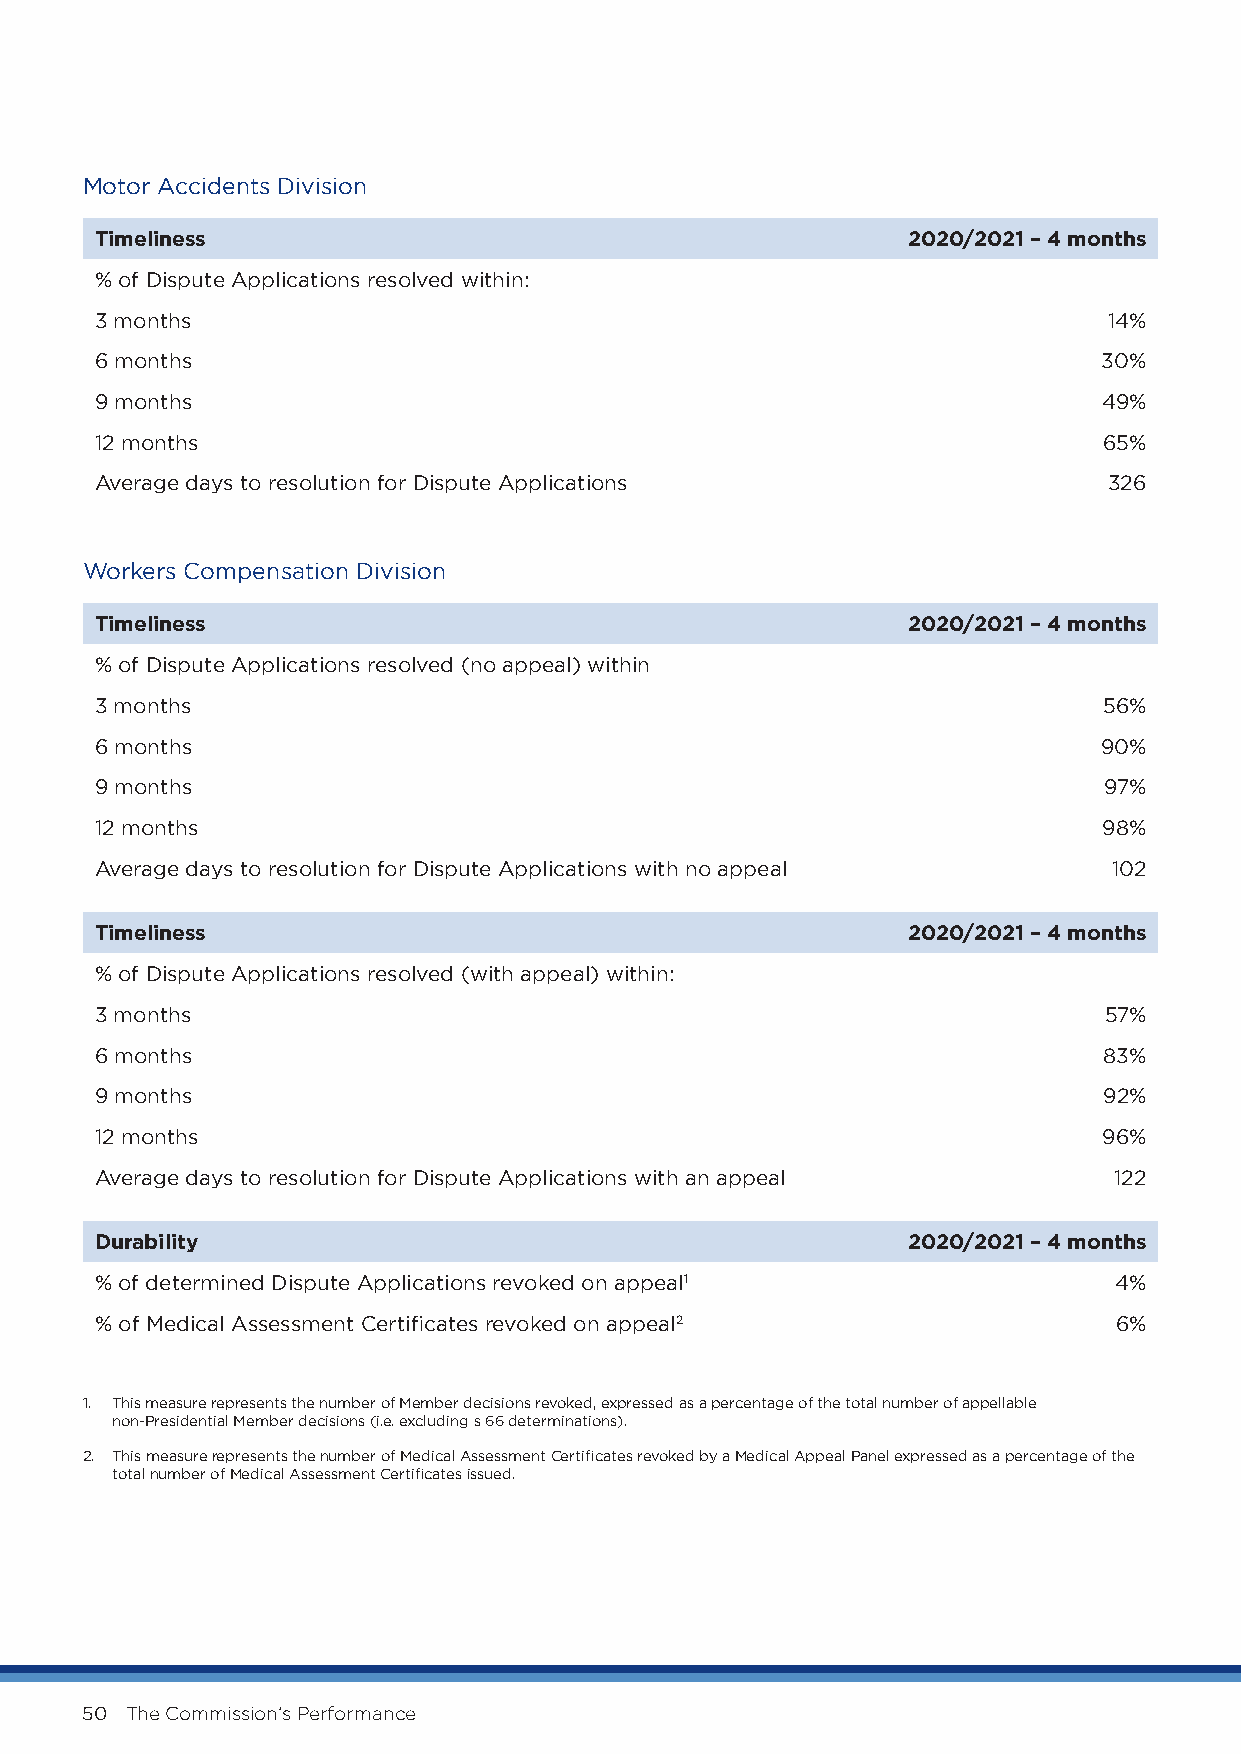
Motor Accidents Division
 Timeliness                                            2020/2021 – 4 months
 % of Dispute Applications resolved within:
 3 months                                                           14%
 6 months                                                           30%
 9 months                                                           49%
 12 months                                                          65%
 Average days to resolution for Dispute Applications                326
 Workers Compensation Division
 Timeliness                                            2020/2021 – 4 months
 % of Dispute Applications resolved (no appeal) within
 3 months                                                           56%
 6 months                                                           90%
 9 months                                                           97%
 12 months                                                          98%
 Average days to resolution for Dispute Applications with no appeal  102
 Timeliness                                            2020/2021 – 4 months
 % of Dispute Applications resolved (with appeal) within:
 3 months                                                           57%
 6 months                                                           83%
 9 months                                                           92%
 12 months                                                          96%
 Average days to resolution for Dispute Applications with an appeal  122
 Durability                                            2020/2021 – 4 months
 % of determined Dispute Applications revoked on appeal1             4%
 % of Medical Assessment Certificates revoked on appeal2             6%
 1. This measure represents the number of Member decisions revoked, expressed as a percentage of the total number of appellable
 non-Presidential Member decisions (i.e. excluding s 66 determinations).
 2. This measure represents the number of Medical Assessment Certificates revoked by a Medical Appeal Panel expressed as a percentage of the
 total number of Medical Assessment Certificates issued.
 50 The Commission’s Performance